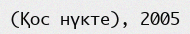
(Қос нүкте), 2005